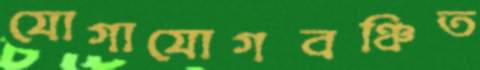
যোগাযোগবঞ্চিত